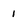
Character: 1